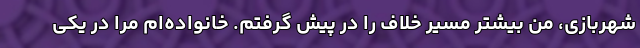
شهربازی، من بیشتر مسیر خلاف را در پیش گرفتم. خانواده‌ام مرا در یکی